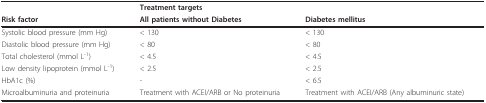
<table><thead><tr><td></td><td><b>Treatment targets</b></td><td></td></tr><tr><td><b>Risk factor</b></td><td><b>All patients without Diabetes</b></td><td><b>Diabetes mellitus</b></td></tr></thead><tbody><tr><td>Systolic blood pressure (mm Hg)</td><td>&lt; 130</td><td>&lt; 130</td></tr><tr><td>Diastolic blood pressure (mm Hg)</td><td>&lt; 80</td><td>&lt; 80</td></tr><tr><td>Total cholesterol (mmol L<sup>-1</sup>)</td><td>&lt; 4.5</td><td>&lt; 4.5</td></tr><tr><td>Low density lipoprotein (mmol L<sup>-1</sup>)</td><td>&lt; 2.5</td><td>&lt; 2.5</td></tr><tr><td>HbA1c (%)</td><td>-</td><td>&lt; 6.5</td></tr><tr><td>Microalbuminuria and proteinuria</td><td>Treatment with ACEI/ARB or No proteinuria</td><td>Treatment with ACEI/ARB (Any albuminuric state)</td></tr></tbody></table>